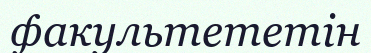
факультететін